Annual report on the Civil Veterinary Department, Burma (including the Insein Veterinary School) - 1932-1941
Year: 1932
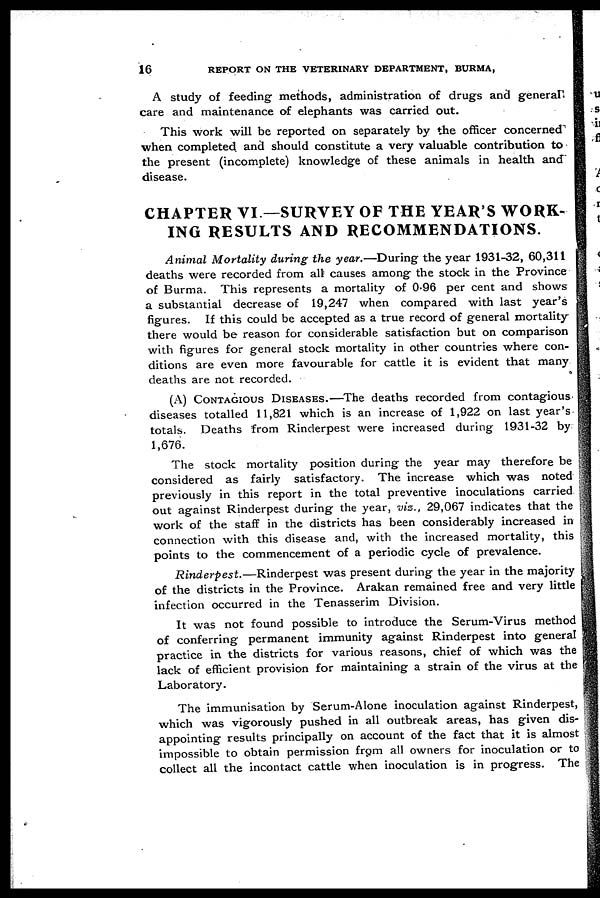
16
REPORT ON THE VETERINARY DEPARTMENT, BURMA,
A study of feeding methods, administration of drugs and general
care and maintenance of elephants was carried out.
This work will be reported on separately by the officer concerned
when completed and should constitute a very valuable contribution to
the present (incomplete) knowledge of these animals in health and
disease.
CHAPTER VI—SURVEY OF THE YEAR'S WORK-
ING RESULTS AND RECOMMENDATIONS.
Animal Mortality during the year.—During the year 1931-32, 60,311
deaths were recorded from all causes among the stock in the Province
of Burma. This represents a mortality of 0.96 per cent and shows
a substantial decrease of 19,247 when compared with last year's
figures. If this could be accepted as a true record of general mortality
there would be reason for considerable satisfaction but on comparison
with figures for general stock mortality in other countries where con-
ditions are even more favourable for cattle it is evident that many
deaths are not recorded.
(A) CONTAGIOUS DISEASES.—The deaths recorded from contagious
diseases totalled 11,821 which is an increase of 1,922 on last year's
totals. Deaths from Rinderpest were increased during 1931-32 by
1,676.
The stock mortality position during the year may therefore be
considered as fairly satisfactory. The increase which was noted
previously in this report in the total preventive inoculations carried
out against Rinderpest during the year, viz., 29,067 indicates that the
work of the staff in the districts has been considerably increased in
connection with this disease and, with the increased mortality, this
points to the commencement of a periodic cycle of prevalence.
Rinderpest.—Rinderpest was present during the year in the majority
of the districts in the Province. Arakan remained free and very little
infection occurred in the Tenasserim Division.
It was not found possible to introduce the Serum-Virus method
of conferring permanent immunity against Rinderpest into general
practice in the districts for various reasons, chief of which was the
lack of efficient provision for maintaining a strain of the virus at the
Laboratory.
The immunisation by Serum-Alone inoculation against Rinderpest,
which was vigorously pushed in all outbreak areas, has given dis-
appointing results principally on account of the fact that it is almost
impossible to obtain permission from all owners for inoculation or to
collect all the incontact cattle when inoculation is in progress. The